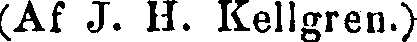
(Af J. H. Kellgren.)